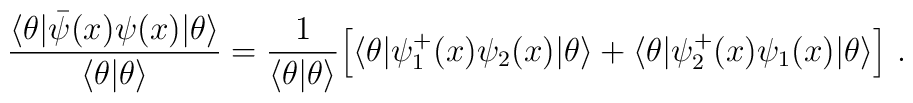
\frac{\langle\theta|\bar{\psi}(x)\psi(x)|\theta\rangle}{\langle\theta|\theta\rangle}=\frac{1}{\langle\theta|\theta\rangle}\Bigl[\langle\theta|\psi_{1}^{+}(x)\psi_{2}(x)|\theta\rangle+\langle\theta|\psi_{2}^{+}(x)\psi_{1}(x)|\theta\rangle \Bigr] \ .